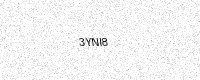
Text: 3YNI8